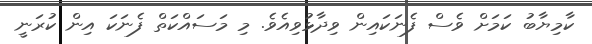
ކާމިޔާބު ކަމަށް ވެސް ފެނަކައިން ވިދާޅުވިއެވެ. މި މަސައްކަތް ފެނަކަ އިން ކުރަނީ